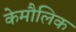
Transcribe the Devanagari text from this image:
केमौलिक